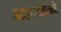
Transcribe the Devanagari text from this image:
आइन्स्टाईनने